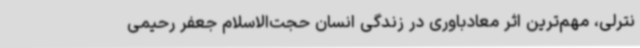
نترلی، مهم‌ترین اثر معادباوری در زندگی انسان حجت‌الاسلام جعفر رحیمی